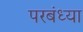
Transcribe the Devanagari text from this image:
परबंध्या